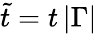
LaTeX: \tilde{t}=t\, |\Gamma|